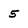
Character: 5